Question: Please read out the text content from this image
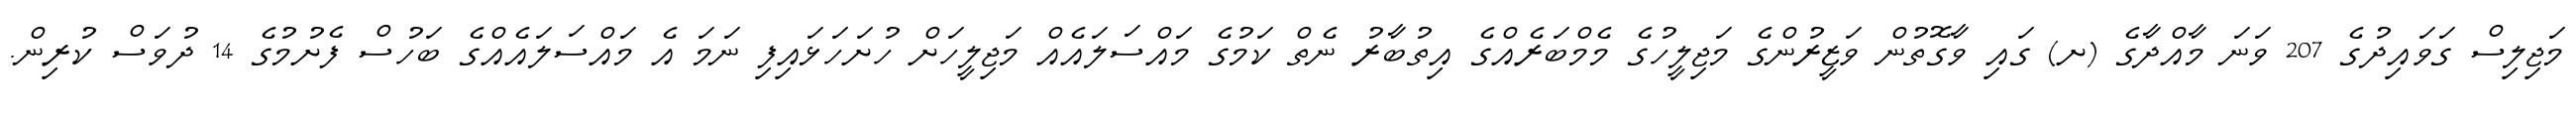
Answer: މަޖިލިސް ގަވައިދުގެ 207 ވަނަ މާއްދާގެ (ށ) ގައި ވާގޮތުން ވަޒީރުންގެ މަޖިލީހުގެ މެމްބަރެއްގެ އިތުބާރު ނެތް ކަމުގެ މައްސަލައެއް މަޖިލީހަށް ހުށަހަޅައިފި ނަމަ އެ މައްސަލައެއްގެ ބަހުސް ފެށުމުގެ 14 ދުވަސް ކުރިން.